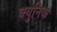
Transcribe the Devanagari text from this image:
क्युनिक